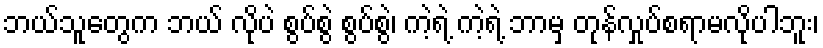
ဘယ်သူတွေက ဘယ် လိုပဲ စွပ်စွဲ စွပ်စွဲ၊ ကဲ့ရဲ့ ကဲ့ရဲ့ ဘာမှ တုန်လှုပ်စရာမလိုပါဘူး၊